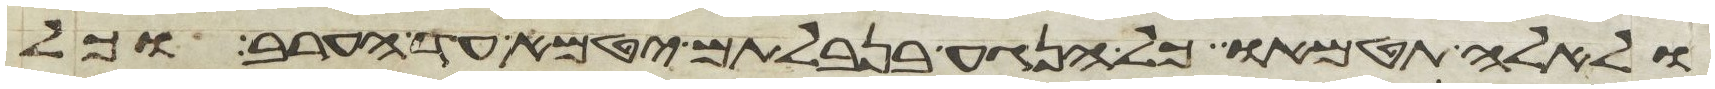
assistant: ולאלה תטמאו כל הנגע בנבלתם יטמא עד הערב וכל